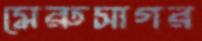
মেরুসাগর